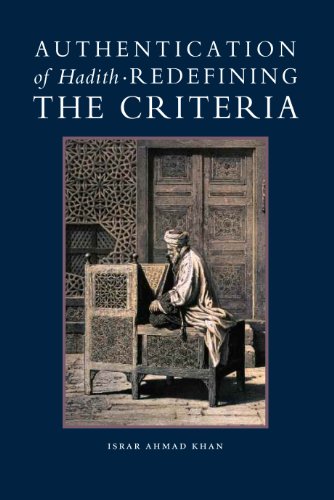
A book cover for Authentication of Hadith: Redefining the Criteria; Israr Ahmad Khan; Religion & Spirituality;